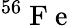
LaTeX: ^{56}\mathrm{~F~e~}